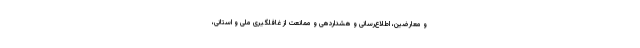
و معارضین، اطلاع‌رسانی و هشداردهی و ممانعت از غافلگیری ملی و استانی،